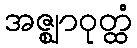
အဇ္ဈာဝုတ္ထံ